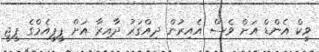
ވީކް އެންޑް އަށް ވެސް އެއިރުން ދިއްގަރު ދާއިރާ އަށް ޕީޕީއެމްގެ ޕީޖީ